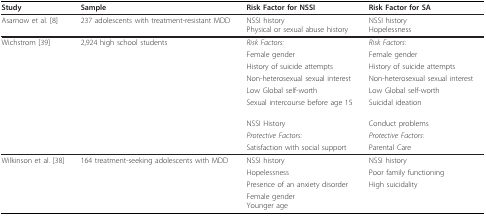
<table><thead><tr><td><b>Study</b></td><td><b>Sample</b></td><td><b>Risk Factor for NSSI</b></td><td><b>Risk Factor for SA</b></td></tr></thead><tbody><tr><td>Asarnow et al. [8]</td><td>237 adolescents with treatment-resistant MDD</td><td>NSSI historyPhysical or sexual abuse history</td><td>NSSI historyHopelessness</td></tr><tr><td>Wichstrom [39]</td><td>2,924 high school students</td><td><i>Risk Factors:</i></td><td><i>Risk Factors:</i></td></tr><tr><td></td><td></td><td>Female gender</td><td>Female gender</td></tr><tr><td></td><td></td><td>History of suicide attempts</td><td>History of suicide attempts</td></tr><tr><td></td><td></td><td>Non-heterosexual sexual interest</td><td>Non-heterosexual sexual interest</td></tr><tr><td></td><td></td><td>Low Global self-worth</td><td>Low Global self-worth</td></tr><tr><td></td><td></td><td>Sexual intercourse before age 15</td><td>Suicidal ideation</td></tr><tr><td></td><td></td><td>NSSI History</td><td>Conduct problems</td></tr><tr><td></td><td></td><td><i>Protective Factors:</i></td><td><i>Protective Factors:</i></td></tr><tr><td></td><td></td><td>Satisfaction with social support</td><td>Parental Care</td></tr><tr><td>Wilkinson et al. [38]</td><td>164 treatment-seeking adolescents with MDD</td><td>NSSI history</td><td>NSSI history</td></tr><tr><td></td><td></td><td>Hopelessness</td><td>Poor family functioning</td></tr><tr><td></td><td></td><td>Presence of an anxiety disorder</td><td>High suicidality</td></tr><tr><td></td><td></td><td>Female genderYounger age</td><td></td></tr></tbody></table>